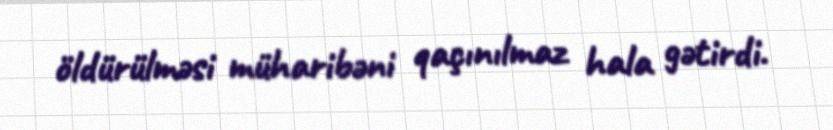
öldürülməsi müharibəni qaçınılmaz hala gətirdi.